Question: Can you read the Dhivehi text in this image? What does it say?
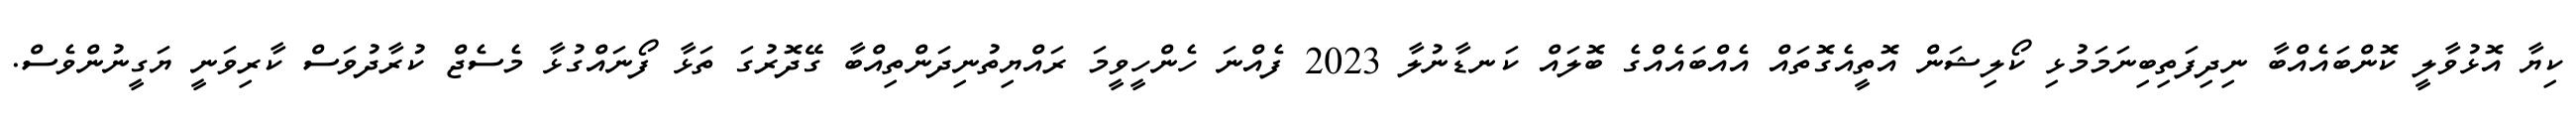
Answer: ކިޔާ އޮޅުވާލީ ކޮންބައެއްބާ ނިދިފަތިބިނަމަމުޅި ކޯލިޝަން އޮތީއެގޮތައް އެއްބައެއްގެ ބޮލައް ކަނޑާނުލާ 2023 ފެއްނަ ހެންހީވީމަ ރައްޔިތުނިދަންތިއްބާ ގޭދޮރުގަ ތަޅާ ފޯނައްގުޅާ މެސެޖް ކުރާދުވަސް ކާރިވަނީ ޔަގީނުންވެސް.